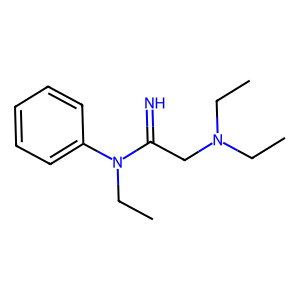
SMILES: CCN(CC)CC(=N)N(CC)c1ccccc1
Inhibits HIV replication: No